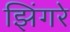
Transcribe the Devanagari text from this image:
झिंगरे